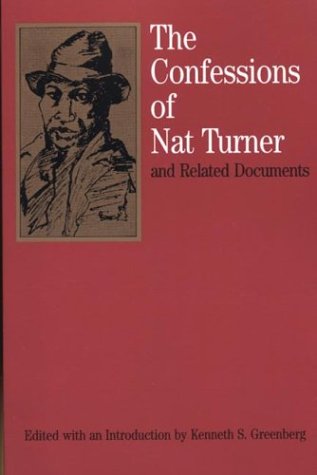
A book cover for The Confessions of Nat Turner: and Related Documents (Bedford Cultural Editions Series); Nat Turner; History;